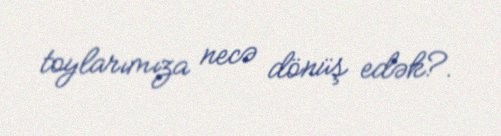
toylarımıza necə dönüş edək?.